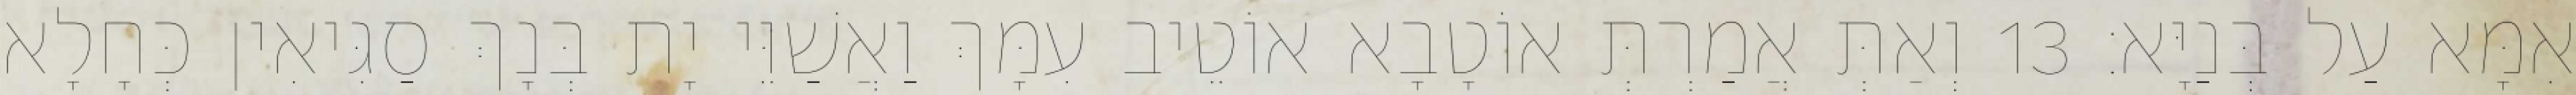
אִמָּא עַל בְּנַיָּא׃ 13 וְאַתְּ אֲמַרְתְּ אוֹטָבָא אוֹטֵיב עִמָּךְ וַאֲשַׁוֵּי יָת בְּנָךְ סַגִּיאִין כְּחָלָא